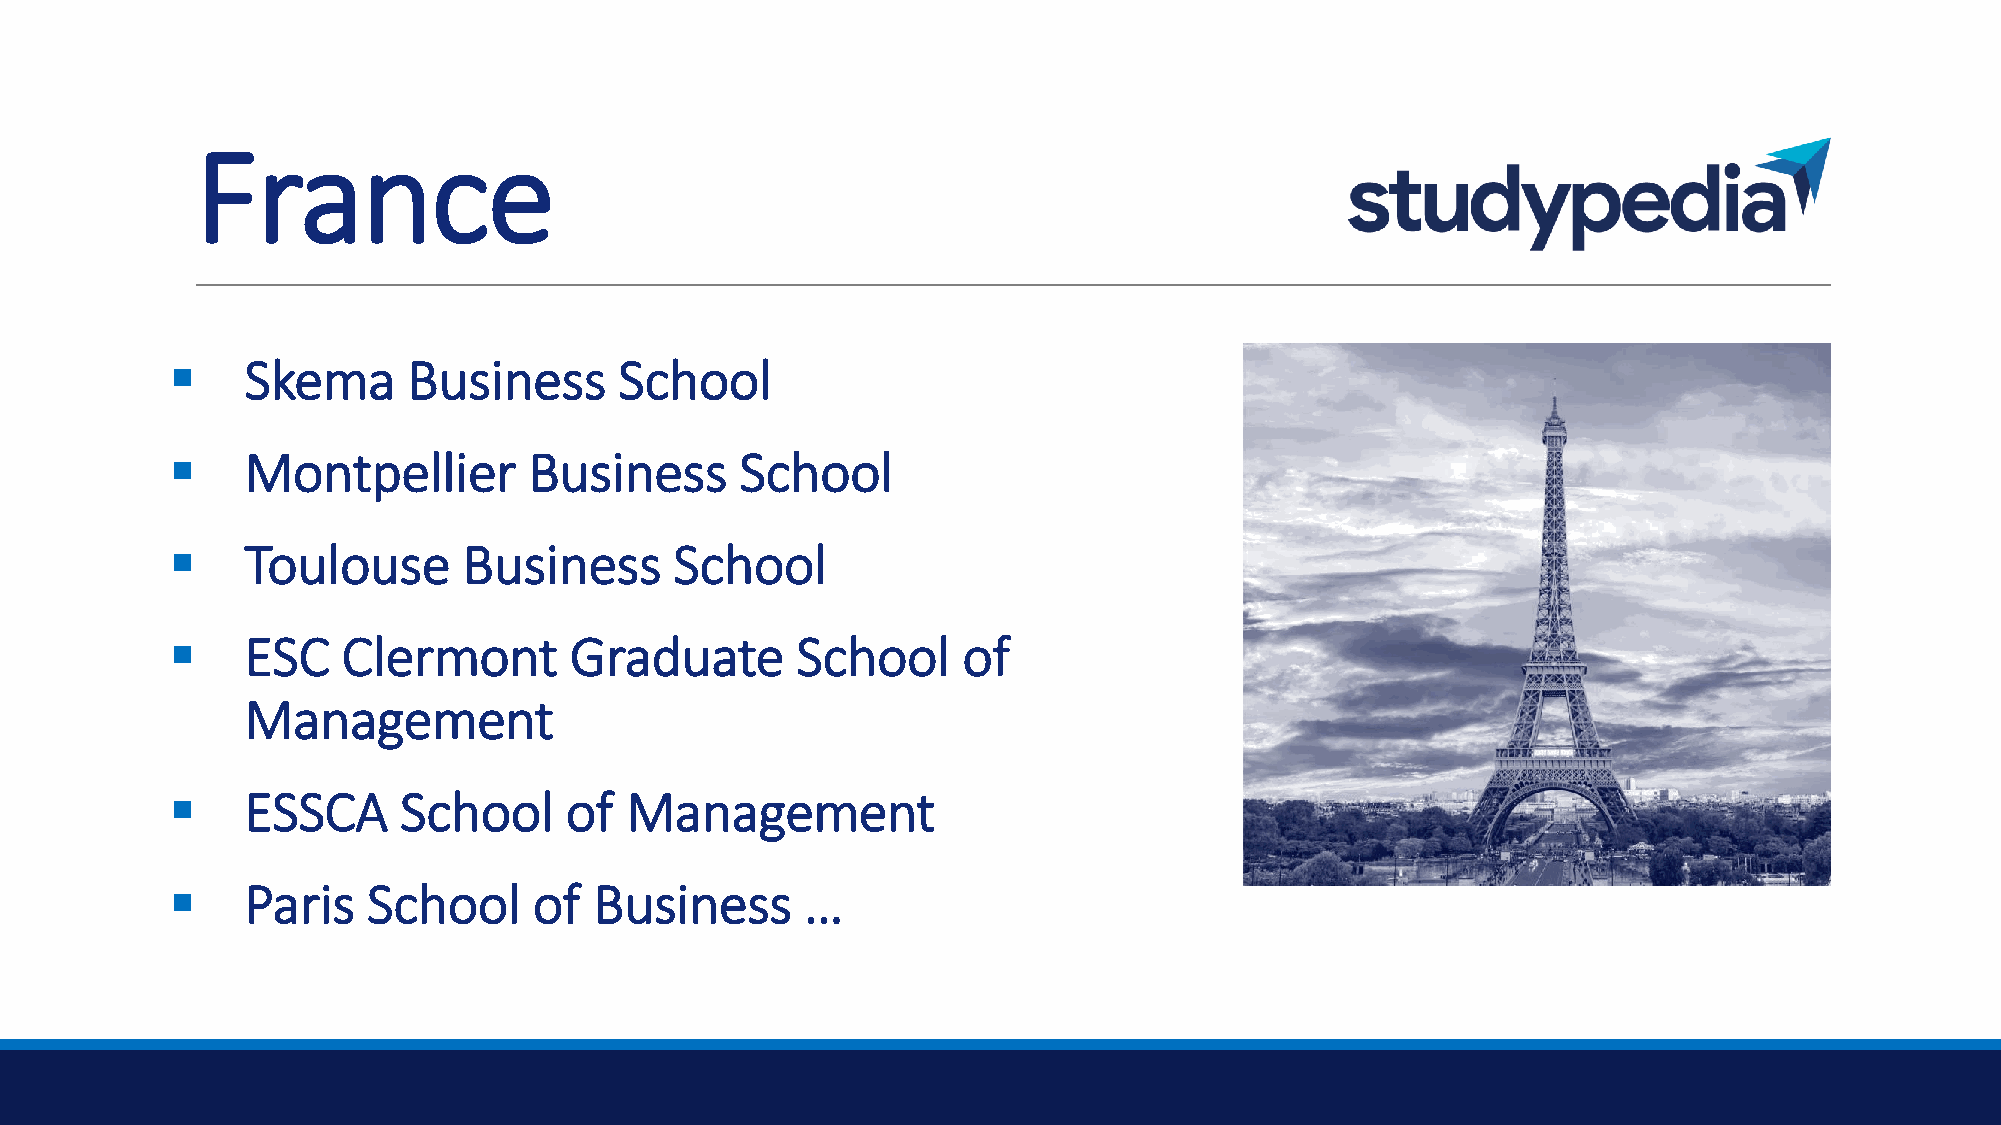
France
 ▪    Skema      Business      School
 ▪    Montpellier        Business      School
 ▪    Toulouse       Business      School
 ▪    ESC    Clermont       Graduate       School     of
 Management
 ▪    ESSCA     School     of  Management
 ▪    Paris   School     of  Business      …